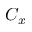
C _ { x }